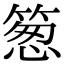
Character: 䈡